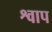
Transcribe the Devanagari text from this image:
श्वाप